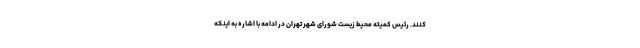
کنند. رئیس کمیته محیط زیست شورای شهر تهران در ادامه با اشاره به اینکه